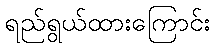
ရည်ရွယ်ထားကြောင်း